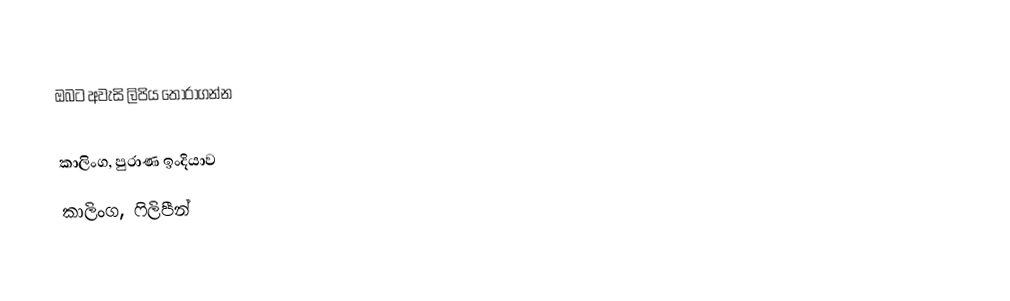
ඔබට අවැසි ලිපිය තෝරාගන්න

 කාලිංග, පුරාණ ඉංදියාව
 කාලිංග, ෆිලිපීන්